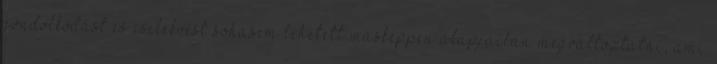
gondolkodást és cselekvést sohasem lehetett másképpen alapjaiban megváltoztatni, ami